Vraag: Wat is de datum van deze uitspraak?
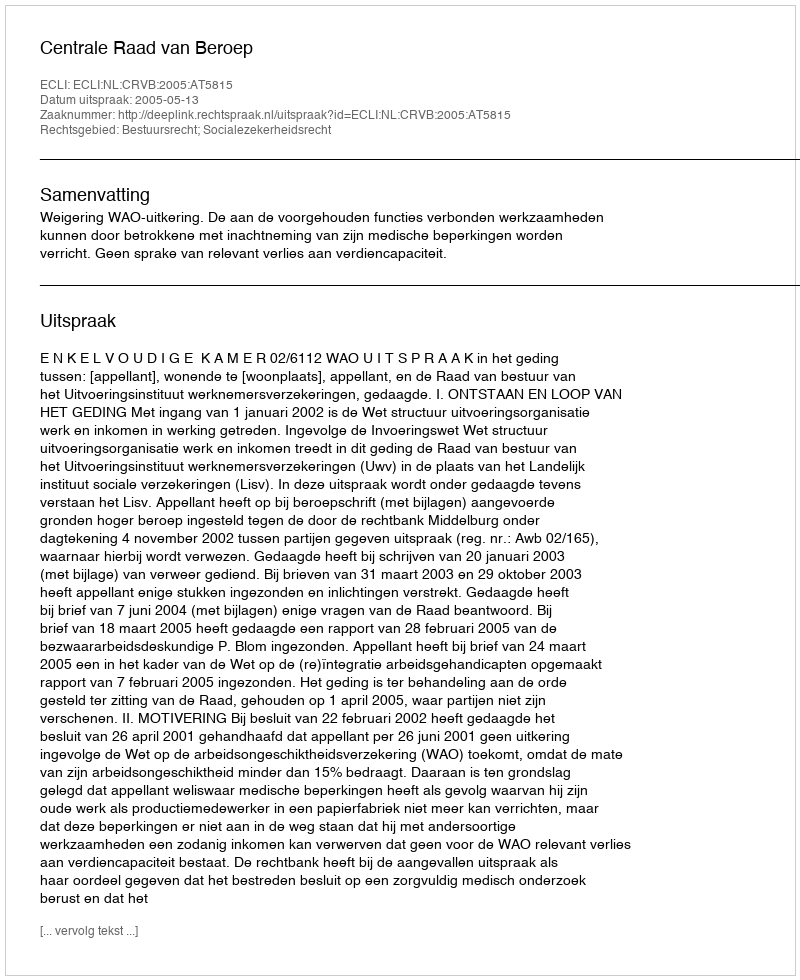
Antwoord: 2005-05-13